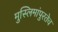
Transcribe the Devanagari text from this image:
मुस्लिमांपुरतेच